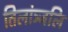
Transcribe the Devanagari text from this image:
तिलांञ्जलि